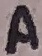
Text: A